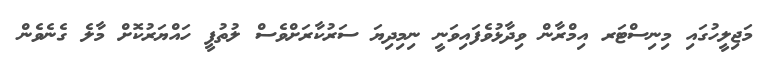
މަޖިލީހުގައި މިނިސްޓަރ އިމްރާން ވިދާޅުވެފައިވަނީ ނިމިދިޔަ ސަރުކާރަށްވެސް ލުތުފީ ހައްޔަރުކޮށް މާލެ ގެނެވެން